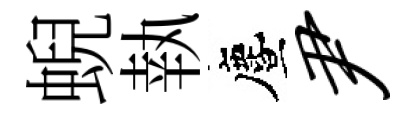
蜺執󵨌尹